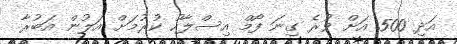
އަދި 500 އަށް ވުރެ ގިނަ ފޯމް އިސްލާހު ކުރުމަށް އަލުން އަބުރާ